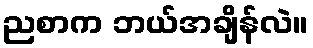
ညစာက ဘယ်အချိန်လဲ။